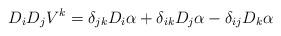
LaTeX: \begin{align*} D_iD_jV^k=\delta_{jk}D_i\alpha+\delta_{ik}D_j\alpha-\delta_{ij}D_k\alpha\end{align*}